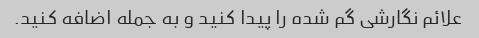
علائم نگارشی گم شده را پیدا کنید و به جمله اضافه کنید.